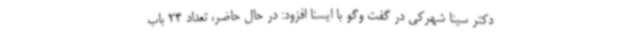
دکتر سینا شهرکی در گفت وگو با ایسنا افزود: در حال حاضر، تعداد 24 باب